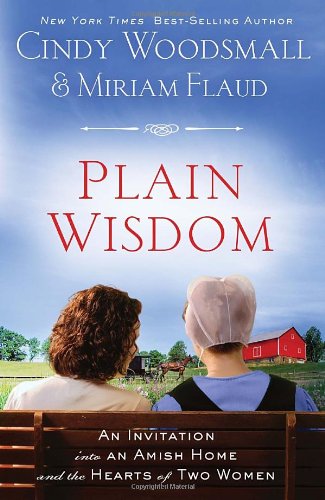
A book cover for Plain Wisdom: An Invitation into an Amish Home and the Hearts of Two Women; Cindy Woodsmall; Christian Books & Bibles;